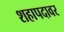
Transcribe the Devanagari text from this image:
शहापदावर